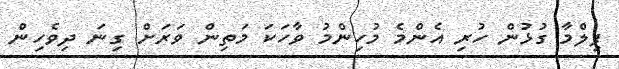
ފިލްމާ ގުޅުން ހުރި އެންމެ މުހިންމު ވާހަކަ މަތިން ވަރަށް ގިނަ ދިވެހިން